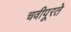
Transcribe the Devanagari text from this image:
चवीपूरते